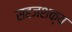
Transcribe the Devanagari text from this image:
सहजशक्‍य